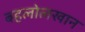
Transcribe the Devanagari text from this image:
बहलोलखान